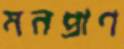
মনপ্রাণ